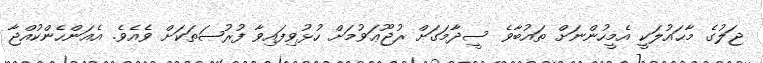
ޖަލުގެ މާޙައުލަކީ އެމީހުންނަށް ތައުބާވެ ސީދާމަގަށް ރުޖޫޢަވުމަށް ހުޅުވިފައިވާ ފުރުޞަތަކަށް ވެއެވެ. އެއަންހެންކުއްޖާ